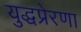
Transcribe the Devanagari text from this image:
युद्धप्रेरणा